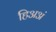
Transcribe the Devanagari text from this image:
हिअअं